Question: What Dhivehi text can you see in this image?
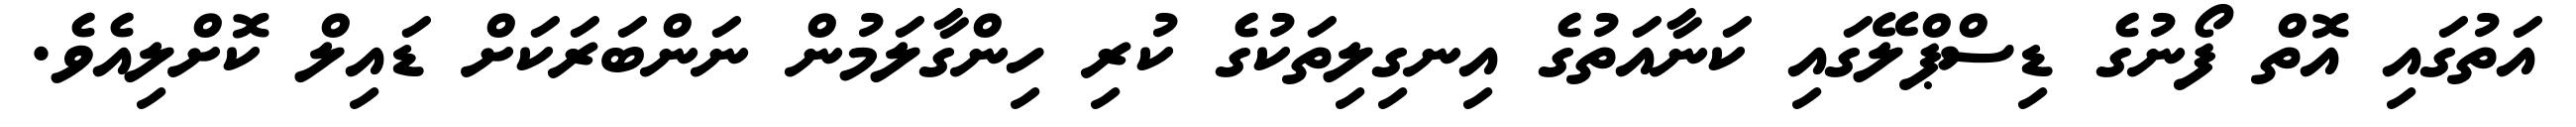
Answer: އަތުގައި އޮތް ފޯނުގެ ޑިސްޕްލޭގައި ކަނާއަތުގެ އިނގިލިތަކުގެ ކުރި ހިންގާލަމުން ނަންބަރަކަށް ޑައިލް ކޮށްލިއެވެ.